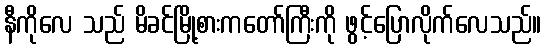
နီကိုလေ သည် မိခင်မြို့စားကတော်ကြီးကို ဖွင့်ပြောလိုက်လေသည်။